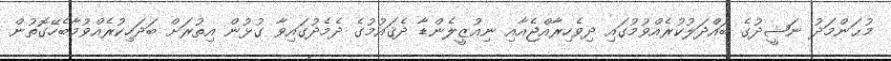
މުޙަންމަދު ނަޝީދުގެ ބައްދަލުކުރެއްވުމުގައި ދިވެހިރާއްޖެއާއި ނިއުޒީލެންޑާ ދެޤައުމުގެ ދެމެދުގައިވާ ގުޅުން އިތުރަށް ބަދަހިކުރެއްވުމާބެހޭގޮތުން